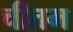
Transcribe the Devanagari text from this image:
चीतम